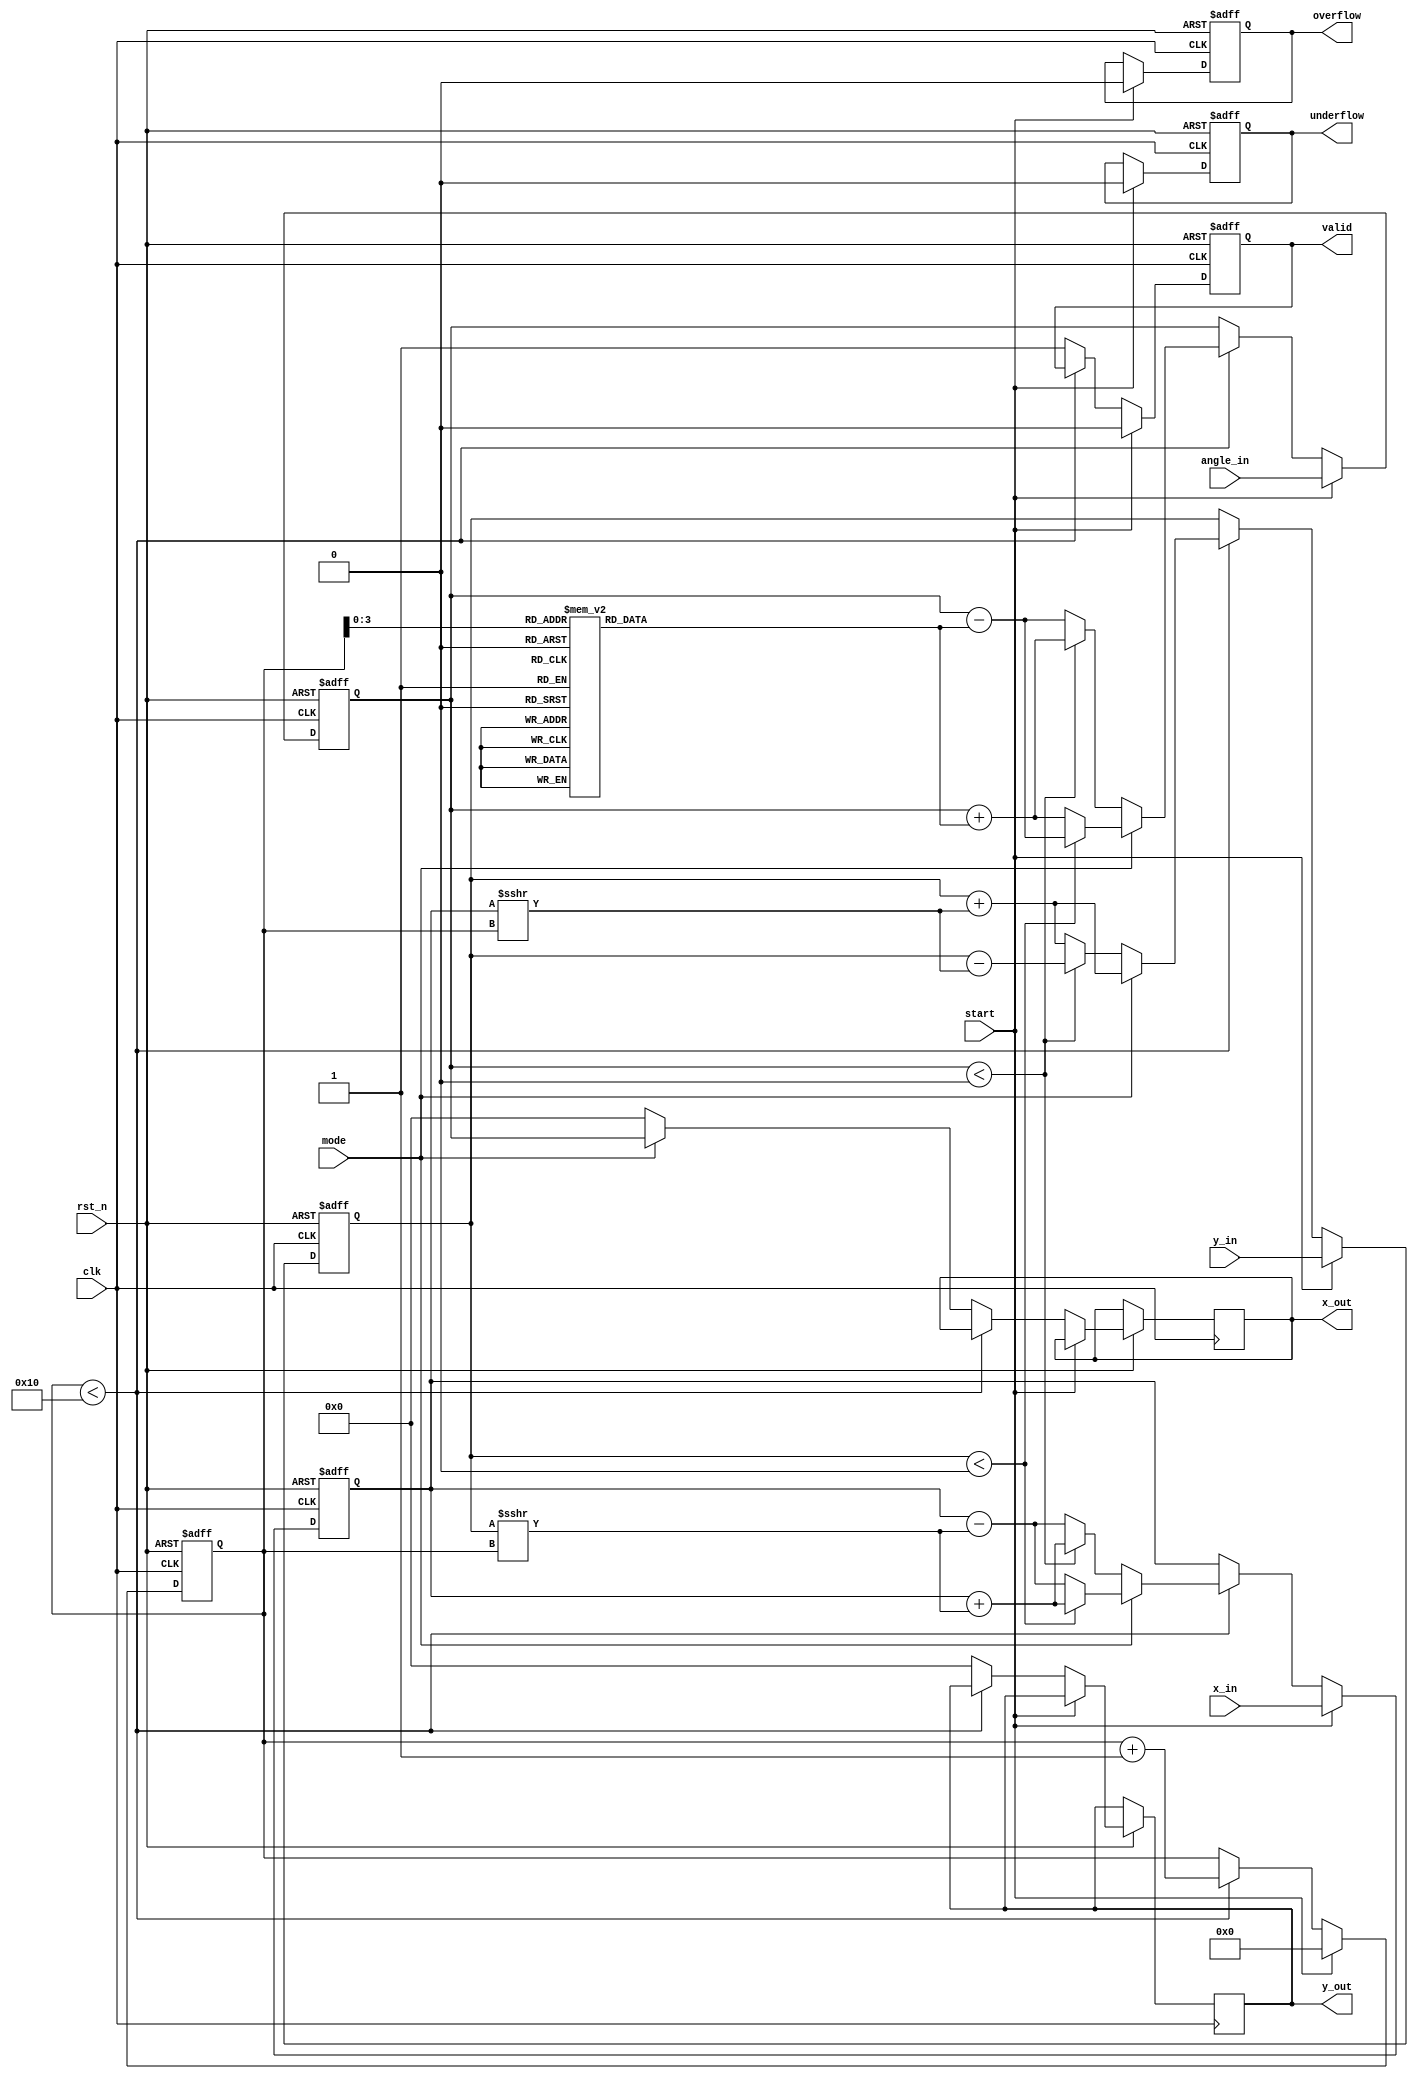
module unified_cordic #(
    parameter WIDTH = 16, // Width of the fixed-point numbers
    parameter ITERATIONS = 16 // Number of CORDIC iterations
)(
    input wire clk,
    input wire rst_n,
    input wire [WIDTH-1:0] x_in, // Input X
    input wire [WIDTH-1:0] y_in, // Input Y
    input wire [WIDTH-1:0] angle_in, // Input angle for rotation
    input wire mode, // 0 for rotation, 1 for vectoring
    input wire start, // Start signal
    output reg [WIDTH-1:0] x_out, // Output X
    output reg [WIDTH-1:0] y_out, // Output Y
    output reg valid, // Output valid signal
    output reg overflow, // Overflow flag
    output reg underflow // Underflow flag
);

    // CORDIC gain factor for scaling
    localparam [WIDTH-1:0] K = 16'hB7D3; // Approximation of 0.6072529350088812561694 in Q16 format

    reg [WIDTH-1:0] x, y, angle;
    reg [4:0] iteration_count; // Iteration counter
    reg [WIDTH-1:0] angle_table [0:ITERATIONS-1]; // Lookup table for arctangent values

    // Initialize angle table
    initial begin
        angle_table[0] = 16'h0000; // atan(2^0)
        angle_table[1] = 16'h1C71; // atan(2^-1)
        angle_table[2] = 16'h1A62; // atan(2^-2)
        angle_table[3] = 16'h186A; // atan(2^-3)
        angle_table[4] = 16'h172B; // atan(2^-4)
        angle_table[5] = 16'h15B4; // atan(2^-5)
        angle_table[6] = 16'h147A; // atan(2^-6)
        angle_table[7] = 16'h1356; // atan(2^-7)
        angle_table[8] = 16'h1249; // atan(2^-8)
        angle_table[9] = 16'h1152; // atan(2^-9)
        angle_table[10] = 16'h108E; // atan(2^-10)
        angle_table[11] = 16'h0FAD; // atan(2^-11)
        angle_table[12] = 16'h0E9C; // atan(2^-12)
        angle_table[13] = 16'h0D7C; // atan(2^-13)
        angle_table[14] = 16'h0C9A; // atan(2^-14)
        angle_table[15] = 16'h0B7D; // atan(2^-15)
    end

    // CORDIC computation process
    always @(posedge clk or negedge rst_n) begin
        if (!rst_n) begin
            x <= 0;
            y <= 0;
            angle <= 0;
            iteration_count <= 0;
            valid <= 0;
            overflow <= 0;
            underflow <= 0;
        end else if (start) begin
            x <= x_in;
            y <= y_in;
            angle <= angle_in;
            iteration_count <= 0;
            valid <= 0;
            overflow <= 0;
            underflow <= 0;
        end else if (iteration_count < ITERATIONS) begin
            // CORDIC iteration
            if (mode == 0) begin // Rotation mode
                if (angle < 0) begin
                    x <= x + (y >>> iteration_count);
                    y <= y - (x >>> iteration_count);
                    angle <= angle + angle_table[iteration_count];
                end else begin
                    x <= x - (y >>> iteration_count);
                    y <= y + (x >>> iteration_count);
                    angle <= angle - angle_table[iteration_count];
                end
            end else begin // Vectoring mode
                if (y < 0) begin
                    x <= x + (y >>> iteration_count);
                    y <= y + (x >>> iteration_count);
                    angle <= angle - angle_table[iteration_count];
                end else begin
                    x <= x - (y >>> iteration_count);
                    y <= y + (x >>> iteration_count);
                    angle <= angle + angle_table[iteration_count];
                end
            end
            iteration_count <= iteration_count + 1;
        end else begin
            // Apply scaling factor
            if (mode == 0) begin
                x_out <= x * K >>> 16; // Scale output for rotation
                y_out <= y * K >>> 16;
            end else begin
                x_out <= angle; // Output angle for vectoring
                y_out <= 0; // Y is not used in vectoring mode
            end
            valid <= 1; // Operation complete
        end
    end

endmodule